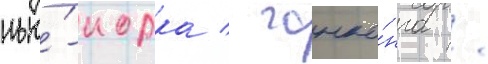
нью́-иорка / гонко́нга /